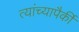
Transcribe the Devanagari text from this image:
त्यांच्यापैकीं